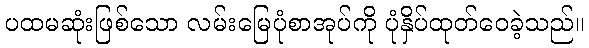
ပထမဆုံးဖြစ်သော လမ်းမြေပုံစာအုပ်ကို ပုံနှိပ်ထုတ်ဝေခဲ့သည်။